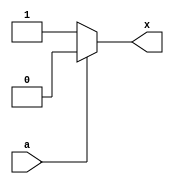
`timescale 1ns/1ns

module not_if(a,x);

input a;
output x;
reg x;

always@(a)
begin
	if(a == 1'b1)
		x = 1'b0;
	else
		x = 1'b1;
end
endmodule